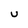
Character: U